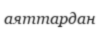
аяттардан